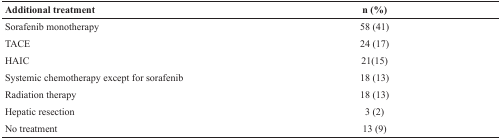
| Additional treatment | n (%) |
 | --- | --- |
 | Sorafenib monotherapy | 58 (41) |
 | TACE | 24 (17) |
 | HAIC | 21(15) |
 | Systemic chemotherapy except for sorafenib | 18 (13) |
 | Radiation therapy | 18 (13) |
 | Hepatic resection | 3 (2) |
 | No treatment | 13 (9) |